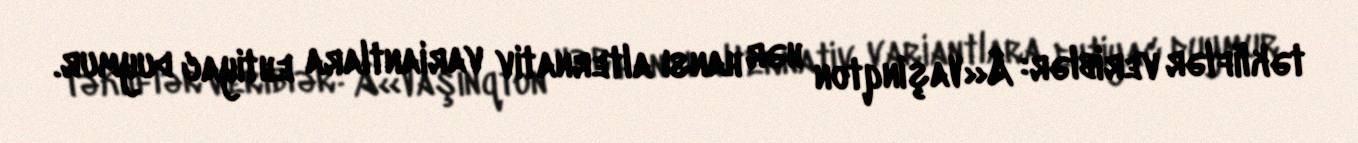
təkliflər veriblər: Â«Vaşinqton hər hansı alternativ variantlara ehtiyac duymur.